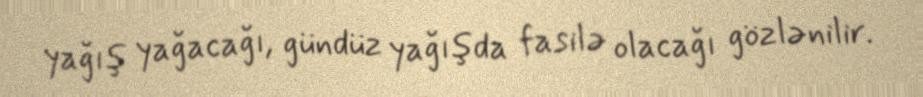
yağış yağacağı, gündüz yağışda fasilə olacağı gözlənilir.